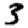
Digit: 3